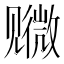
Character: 𫌭